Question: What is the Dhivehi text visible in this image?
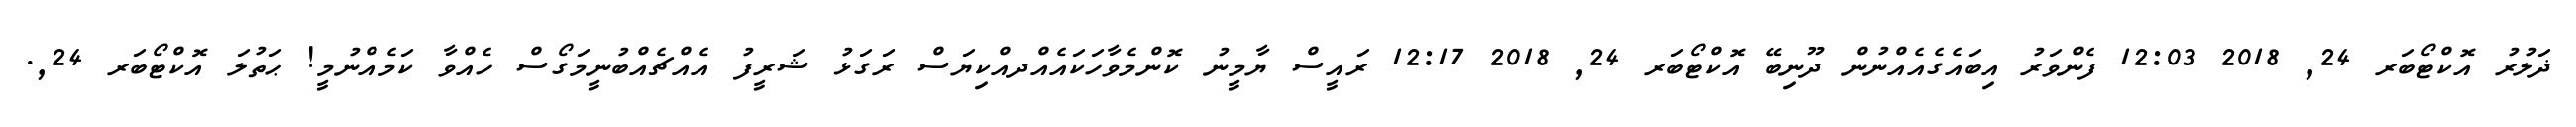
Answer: ޛަލުރު އޮކްޓޯބަރ 24, 2018 12:03 ފެންވަރު އިބައެގެއެއްނުން ދޫނިބޭ އޮކްޓޯބަރ 24, 2018 12:17 ރައީސް ޔާމީނު ކޮންމެވާހަކައެއްދއްކިޔަސް ރަގަޅު ޝަރީފު އެއްޗެއްބުނީމަގޯސް ހެއްވާ ކަމެއްނުމީ! ޙަތުލަ އޮކްޓޯބަރ 24,.